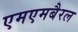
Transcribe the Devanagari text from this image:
एमएमबैरल